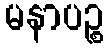
မနာပဉ္စ